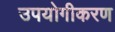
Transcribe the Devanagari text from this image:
उपयोगीकरण